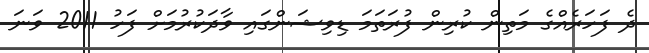
ދެ ފަހަރެއްގެ މަތިން ކުރިން ފުރަތަމަ ޑިވިޝަންގައި ވާދަކުރުމަށް ފަހު 2011 ވަނަ